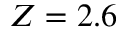
Z = 2 . 6